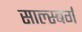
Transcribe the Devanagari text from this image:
साल्स्बर्ग